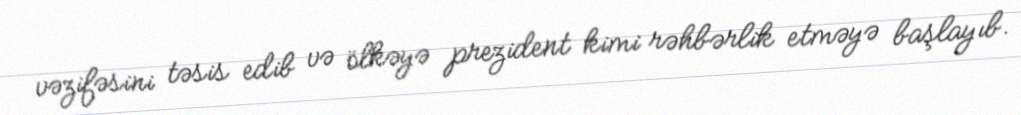
vəzifəsini təsis edib və ölkəyə prezident kimi rəhbərlik etməyə başlayıb.